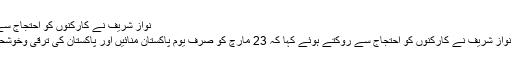
نواز شریف نے کارکنوں کو احتجاج سے روک دیا - iGreen
لاہور: سابق وزیراعظم نواز شریف نے کارکنوں کو احتجاج سے روکتے ہوئے کہا کہ 23 مارچ کو صرف یوم پاکستان منائیں اور پاکستان کی ترقی وخوشحالی کے لئے دعا کریں۔